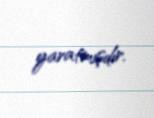
yaratmışdır.